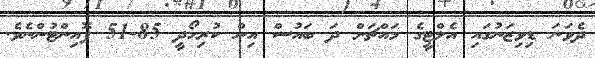
ދެވަނަ ޑިވިޒަނުގައި އެލްޓީގެ މައްޗަށް ދަ ބައުސް އިން ކުރިހޯދީ 85-51 ޕޮއިންޓުންނެވެ.